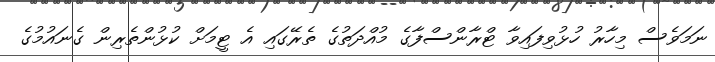
ނަމަވެސް މިހާރު ހުޅުވިފައިވާ ޓްރާންސްފާގެ މުއްދަތުގެ ތެރޭގައި އެ ޓީމަށް ކުޅުންތެރިން ގެނައުމުގެ